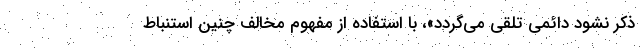
ذکر نشود دائمی تلقی می‌گردد»، با استفاده از مفهوم مخالف چنین استنباط